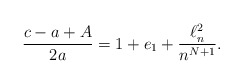
\begin{align*} \frac{c-a+A}{2a}= 1 + e_1 + \frac{\ell^2_n}{n^{N+1}}.\end{align*}